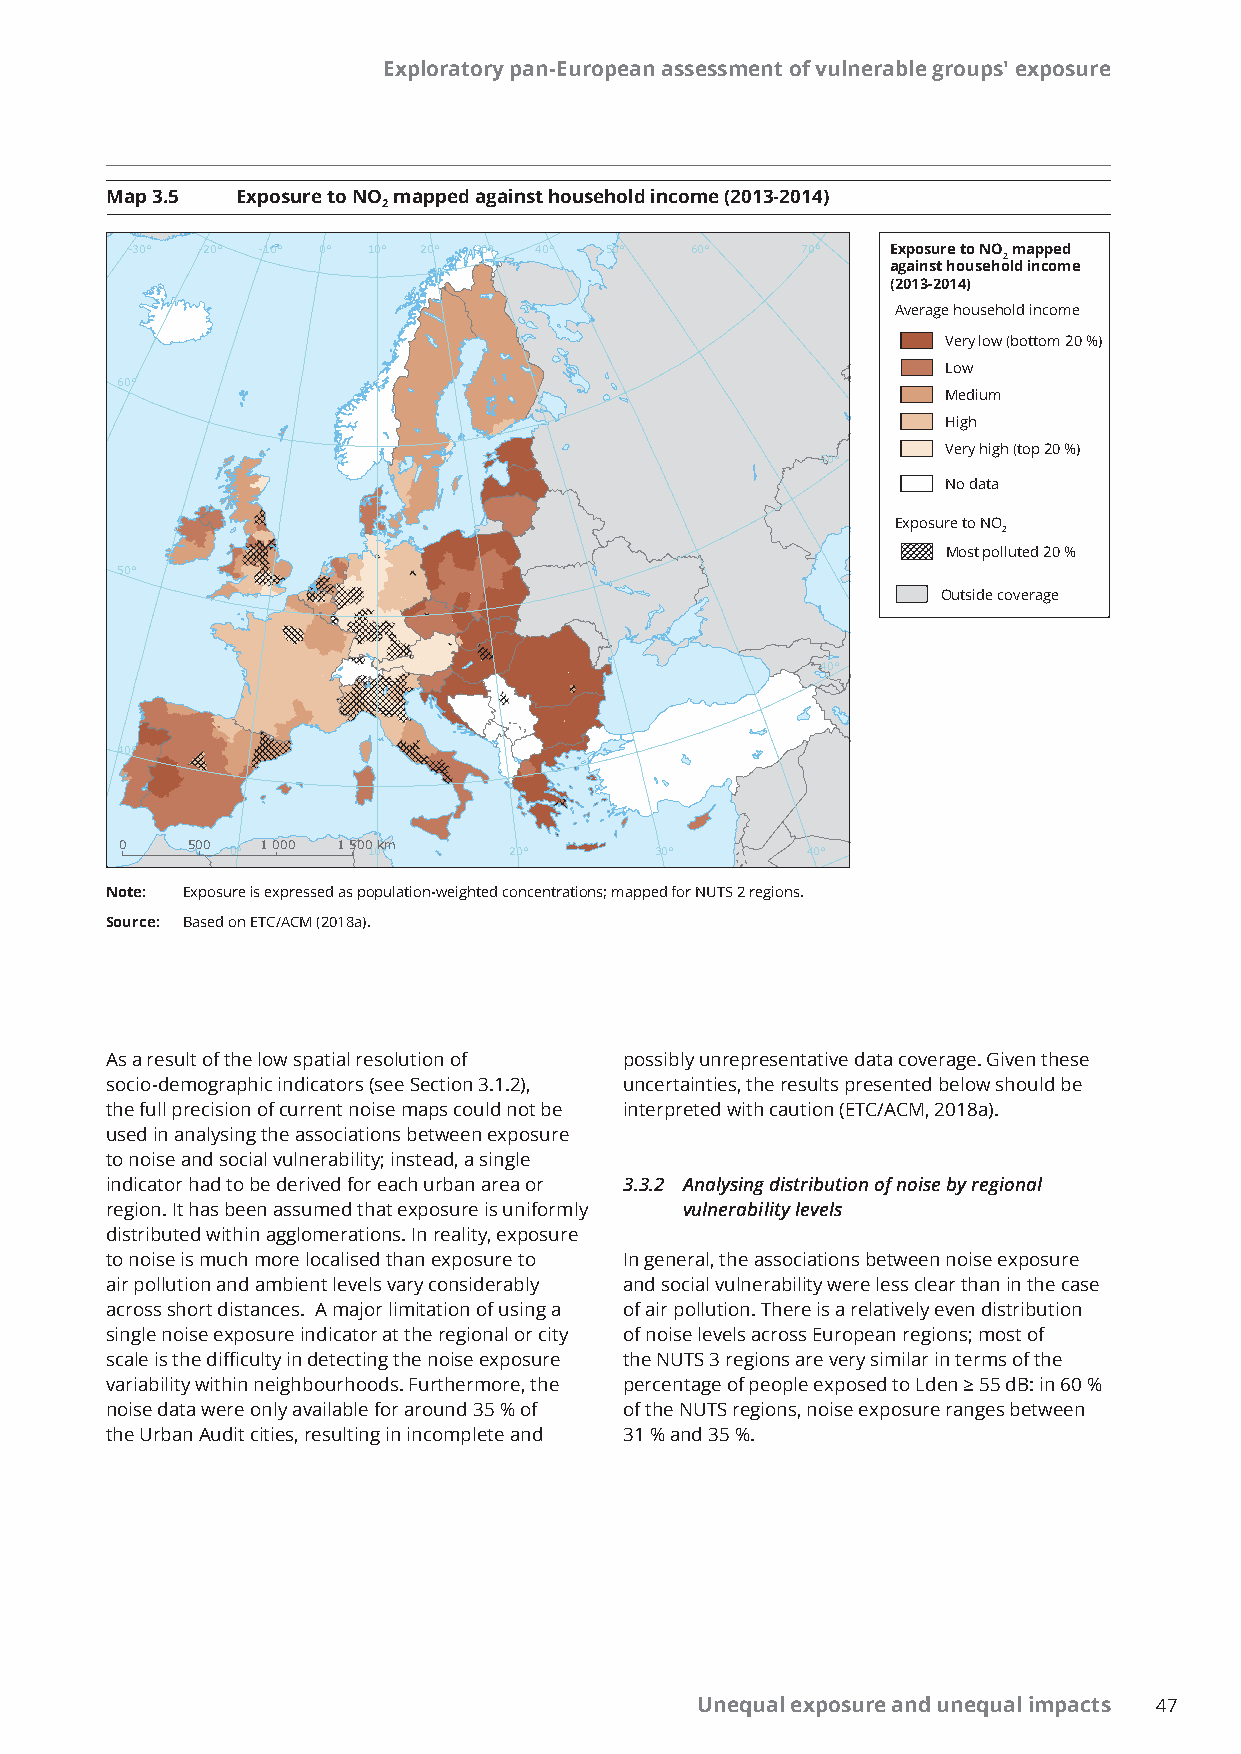
Exploratory pan-European assessment of vulnerable groups' exposure
 Map 3.5  Exposure to NO mapped against household income (2013-2014)
 2
 -30° -20° -10° 0° 10° 20° 30° 40° 50° 60°    70°   Exposure to NO mapped
 2
 against household income
 (2013-2014)
 Average household income
 Very low (bottom 20 %)
 Low
 60°
 Medium
 High
 Very high (top 20 %)
 50°
 No data
 Exposure to NO
 2
 Most polluted 20 %
 50°
 Outside coverage
 40°
 40°
 0   500  1000 1500km
 0°       10°       20°      30°       40°
 Note: Exposure is expressed as population-weighted concentrations; mapped for NUTS 2 regions.
 Source: Based on ETC/ACM (2018a).
 As a result of the low spatial resolution of possibly unrepresentative data coverage. Given these
 socio-demographic indicators (see Section 3.1.2), uncertainties, the results presented below should be
 the full precision of current noise maps could not be interpreted with caution (ETC/ACM, 2018a).
 used in analysing the associations between exposure
 to noise and social vulnerability; instead, a single
 indicator had to be derived for each urban area or 3.3.2 Analysing distribution of noise by regional
 region. It has been assumed that exposure is uniformly vulnerability levels
 distributed within agglomerations. In reality, exposure
 to noise is much more localised than exposure to In general, the associations between noise exposure
 air pollution and ambient levels vary considerably and social vulnerability were less clear than in the case
 across short distances. A major limitation of using a of air pollution. There is a relatively even distribution
 single noise exposure indicator at the regional or city of noise levels across European regions; most of
 scale is the difficulty in detecting the noise exposure the NUTS 3 regions are very similar in terms of the
 variability within neighbourhoods. Furthermore, the percentage of people exposed to Lden ≥ 55 dB: in 60 %
 noise data were only available for around 35 % of of the NUTS regions, noise exposure ranges between
 the Urban Audit cities, resulting in incomplete and 31 % and 35 %.
 Unequal exposure and unequal impacts 47